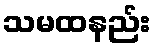
သမထနည်း